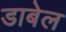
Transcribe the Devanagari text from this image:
डाबेल